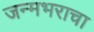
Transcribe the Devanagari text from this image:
जन्मभराचा